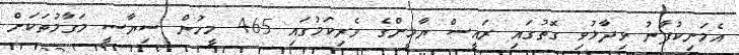
އެމަނިކުފާނު ވިދާޅުވި ގޮތުގައި ރައީސް ޔާމީންގެ ވެރިކަމުގައި 465 މީހުން ސިޔާސީ މަގާމުތަކަށް